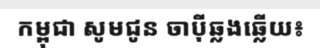
កម្ពុជា សូមជូន ចាប៉ីឆ្លងឆ្លើយ៖